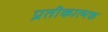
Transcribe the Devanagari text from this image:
प्रतीकात्‍मक